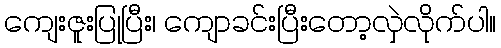
ကျေးဇူးပြုပြီး၊ ကျောခင်းပြီးတော့လှဲလိုက်ပါ။